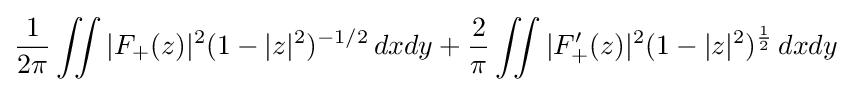
{1 \over 2\pi }\iint |F_{+}(z)|^{2}(1-|z|^{2})^{-1/2}\,dxdy+{2 \over \pi }\iint |F'_{+}(z)|^{2}(1-|z|^{2})^{\frac {1}{2}}\,dxdy